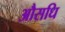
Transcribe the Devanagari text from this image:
औसधि